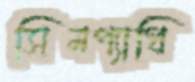
সিমপ্যাথি